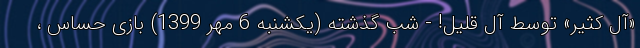
«آل کثیر» توسط آل قلیل! - شب گذشته (یکشنبه 6 مهر 1399) بازی حساس ،